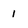
Character: 1